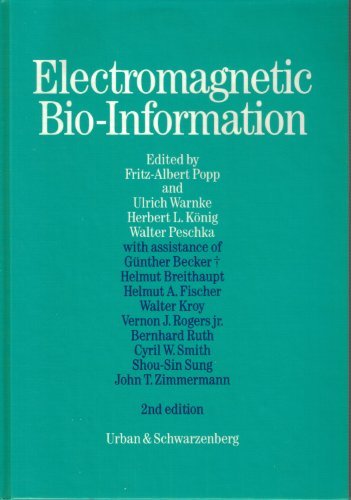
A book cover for Electromagnetic Bio-Information; Fritz-Albert Popp; Science & Math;